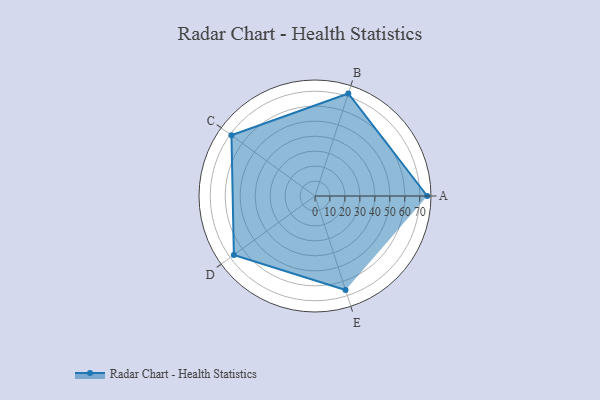
{"axis": {"x": "Skill", "y": "Score"}, "legend": ["Profile"], "data": [{"x": "A", "y": 75.0, "type": "Profile"}, {"x": "B", "y": 72.0, "type": "Profile"}, {"x": "C", "y": 69.0, "type": "Profile"}, {"x": "D", "y": 67.0, "type": "Profile"}, {"x": "E", "y": 66.0, "type": "Profile"}]}